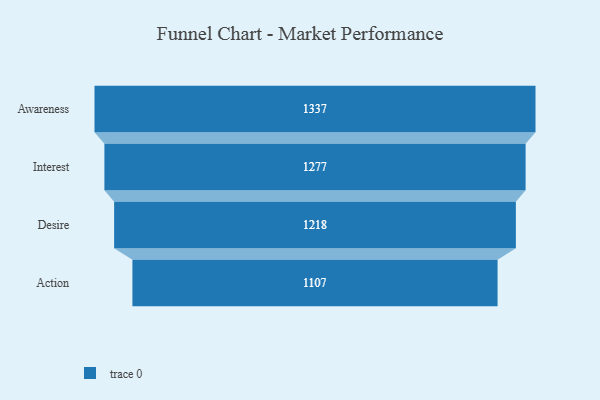
{"axis": {"x": "Stage", "y": "Value"}, "legend": [""], "data": [{"x": "Awareness", "y": 1337.0, "type": ""}, {"x": "Interest", "y": 1277.0, "type": ""}, {"x": "Desire", "y": 1218.0, "type": ""}, {"x": "Action", "y": 1107.0, "type": ""}]}